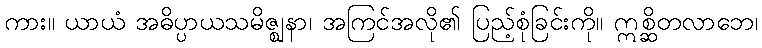
ကား။ ယာယံ အဓိပ္ပာယသမိဇ္ဈနာ၊ အကြင်အလို၏ ပြည့်စုံခြင်းကို။ ဣစ္ဆိတလာဘေ၊